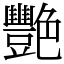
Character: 艷